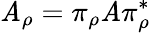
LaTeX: \mathit{A}_{\rho}=\pi_{\rho}\mathit{A}\pi_{\rho}^{*}